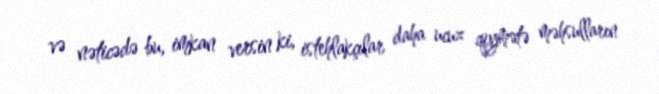
və nəticədə bu, imkan versin ki, istehlakçılar daha ucuz qiymətə məhsulların